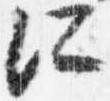
所